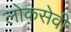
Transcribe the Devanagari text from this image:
लोकसेवी